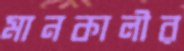
মানকালীর